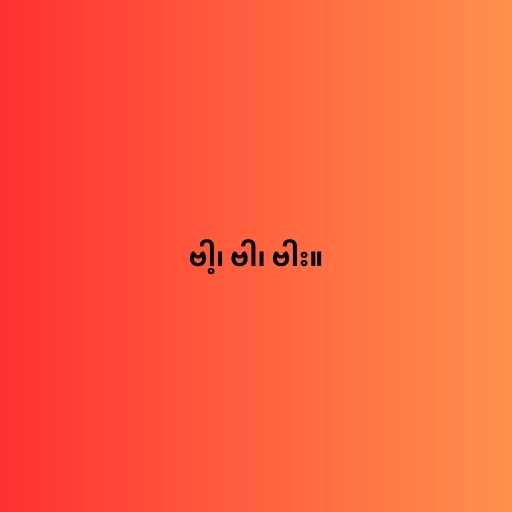
ဗါ့၊ ဗါ၊ ဗါး။